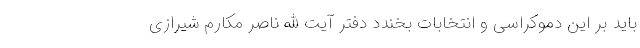
باید بر این دموکراسی و انتخابات بخندد دفتر آیت الله ناصر مکارم شیرازی